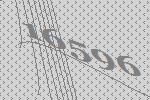
16596